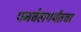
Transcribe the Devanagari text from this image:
पनवेलपर्यंतचा